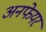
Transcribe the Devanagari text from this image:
अनफेयर